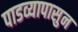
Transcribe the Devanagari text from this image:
पाडव्यापासुन